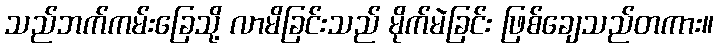
သည်ဘက်ကမ်းခြေသို့ လာမိခြင်းသည် မိုက်မဲခြင်း ဖြစ်ချေသည်တကား။